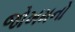
જોખમનો